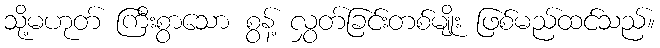
သို့မဟုတ် ကြီးစွာသော စွန့် လွှတ်ခြင်းတစ်မျိုး ဖြစ်မည်ထင်သည်။